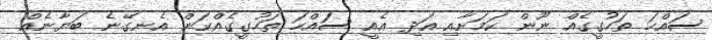
ސައްހަ ތަހުގީގެއް ނޫން ކަމަށާއި އަދި އެއީ ސައްހަ ތަހުގީގެއްކަން އެނގޭނެ ބަޔާނެއް